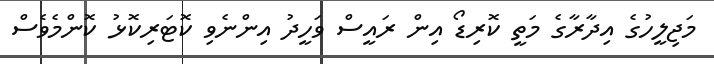
މަޖިލީހުގެ އިދާރާގެ މަތީ ކޮރިޑޯ އިން ރައީސް ވަހީދު އިންނެވި ކޮޓަރިކޮޅު ކޮންމެވެސް